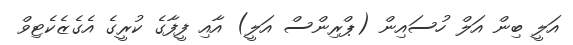
އަލީ ބިން އަލް ހުސައިން (ޕްރިންސް އަލީ) އާއި ފީފާގެ ކުރީގެ އެގެޒެކެޓިވް